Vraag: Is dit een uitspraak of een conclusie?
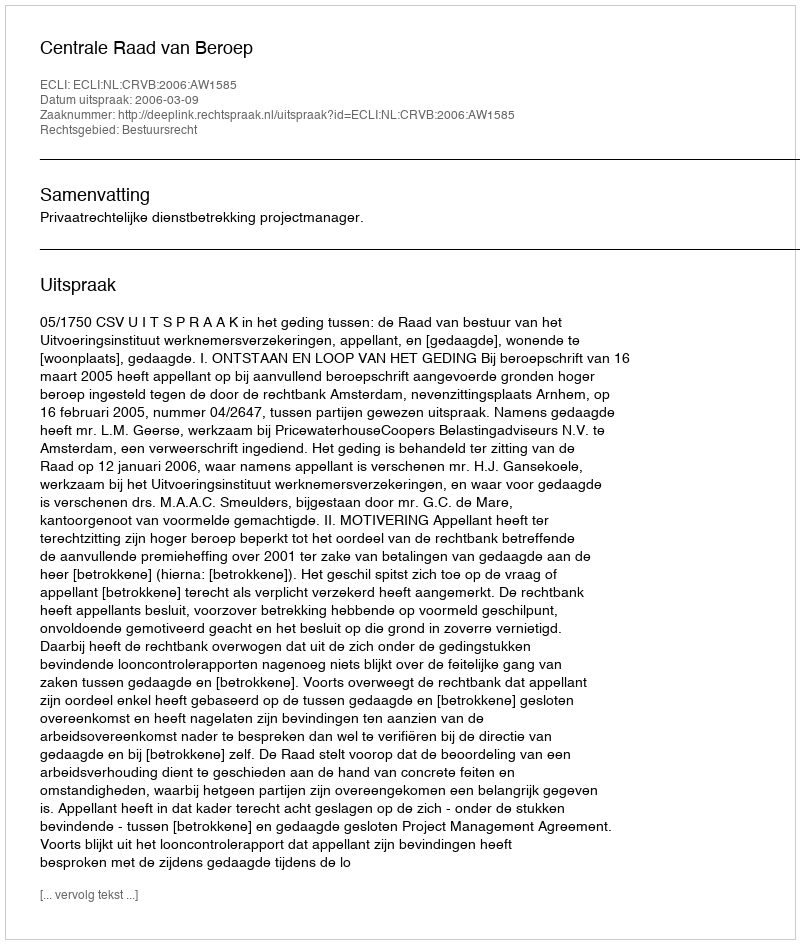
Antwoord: Uitspraak